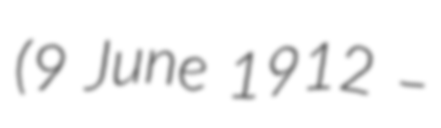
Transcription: (9 June 1912 –